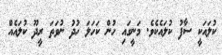
ކުލައަކީ ސާފު ކުލައެކެވެ. މަނީގައި ހުން ކަހަލަ ހުދު ނުވަތަ ރީދޫ ކުލައެއް